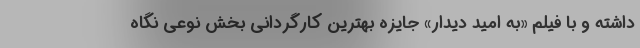
داشته و با فیلم «به امید دیدار» جایزه بهترین کارگردانی بخش نوعی نگاه